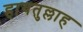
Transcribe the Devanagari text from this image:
हायतुल्लाह